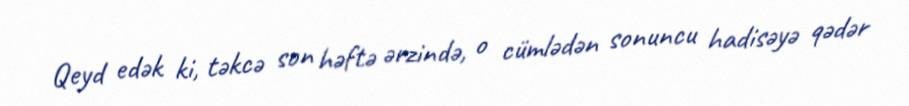
Qeyd edək ki, təkcə son həftə ərzində, o cümlədən sonuncu hadisəyə qədər